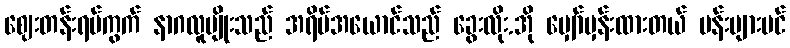
ဈေးတန်းရပ်ကွက် နာဂလူမျိုးသည် အရိပ်အယောင်သည် ခွေးလိုး.အို မျှော်မှန်းထားတယ် ပန်းများပင်